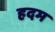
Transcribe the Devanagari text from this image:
हदम